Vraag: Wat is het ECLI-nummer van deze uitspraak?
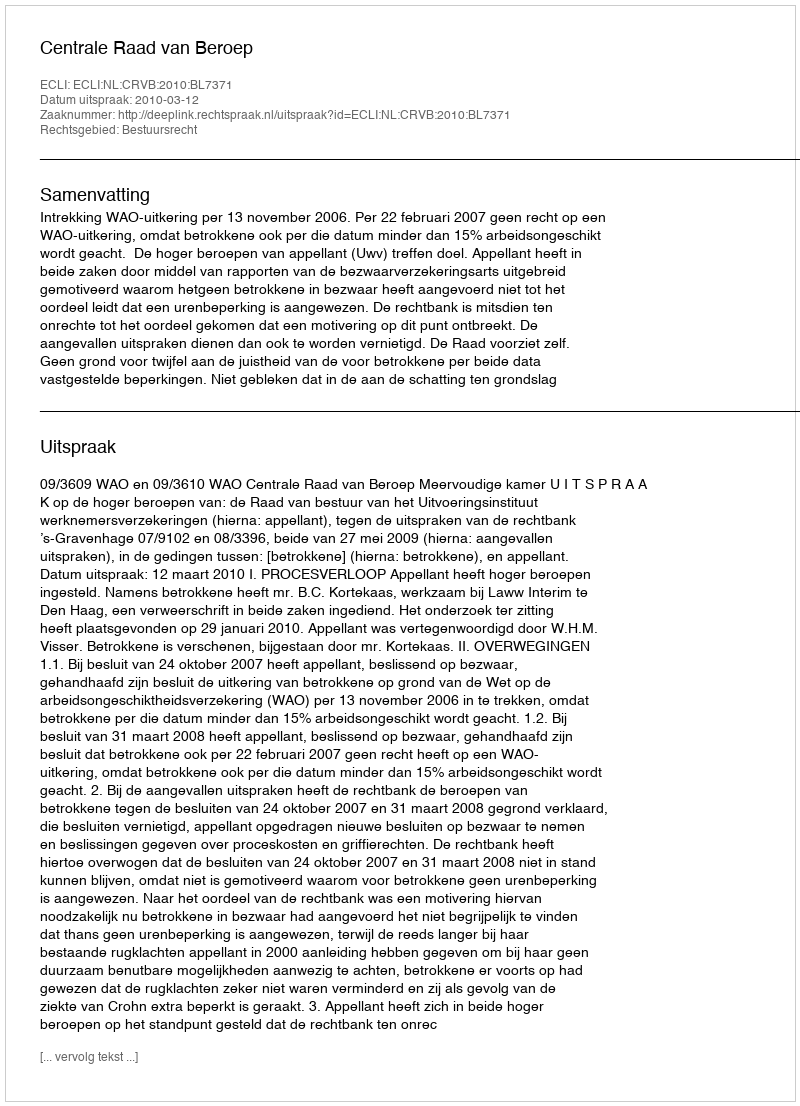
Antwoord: ECLI:NL:CRVB:2010:BL7371